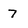
Character: 7